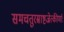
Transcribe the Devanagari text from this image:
समचतुरस्राष्टज्रेत्कीर्णाः